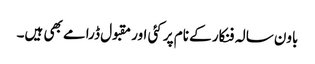
باون سالہ فنکار کے نام پر کئی اور مقبول ڈرامے بھی ہیں۔